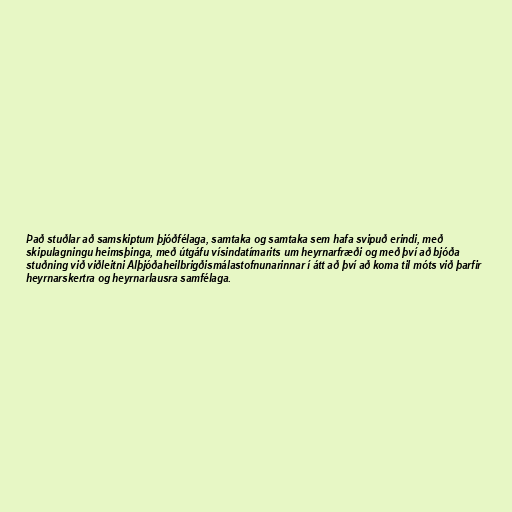
Það stuðlar að samskiptum þjóðfélaga, samtaka og samtaka sem hafa svipuð erindi, með
skipulagningu heimsþinga, með útgáfu vísindatímarits um heyrnarfræði og með því að bjóða
stuðning við viðleitni Alþjóðaheilbrigðismálastofnunarinnar í átt að því að koma til móts við þarfir
heyrnarskertra og heyrnarlausra samfélaga.